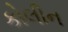
કોલીન